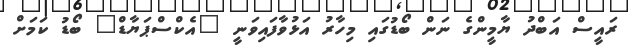
ރައީސް އަބްދު ޔާމީންގެ ނަން ބޯޑުގައި މިހާރު އަޅުވާފައިވަނީ "އެކްސްޕަޔާޑް" ބޯޑު ކަމަށް